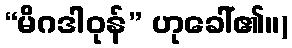
“မိဂဒါဝုန်” ဟုခေါ်၏။)